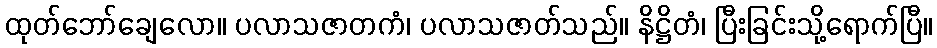
ထုတ်ဘော်ချေလော။ ပလာသဇာတကံ၊ ပလာသဇာတ်သည်။ နိဋ္ဌိတံ၊ ပြီးခြင်းသို့ရောက်ပြီ။